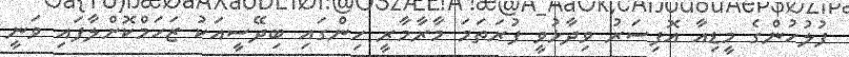
ފުލުހުންގެ މީޑިއާ އޮފިސަރު ވިދާޅުވީ ފުރަތަމަ މާރާމާރީ ހިންގައި ބިދޭސީއަކު ޒަހަމްކޮށްލާފައި ވަނީ